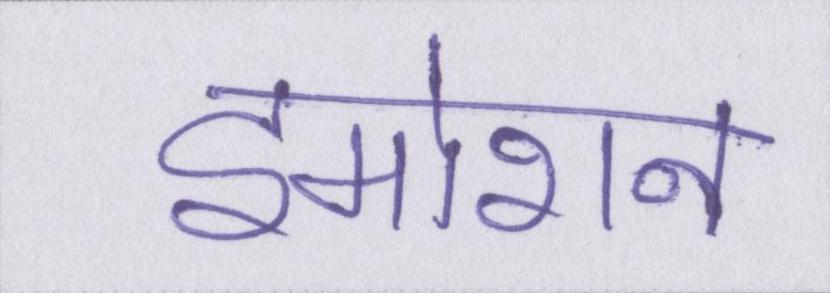
इमोशन